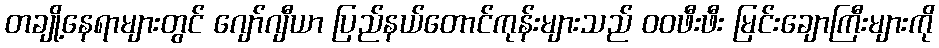
တချို့နေရာများတွင် ဂျော်ဂျီယာ ပြည်နယ်တောင်ကုန်းများသည် ဝဝဖီးဖီး မြင်းချောကြီးများကို